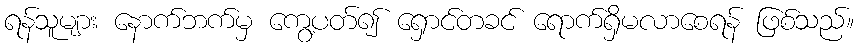
ရန်သူများ နောက်ဘက်မှ ကွေ့ပတ်၍ ရှောင်တခင် ရောက်ရှိမလာစေရန် ဖြစ်သည်။